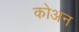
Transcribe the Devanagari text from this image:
कोअन